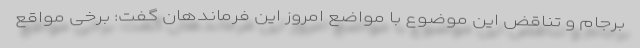
برجام و تناقض این موضوع با مواضع امروز این فرماندهان گفت: برخی مواقع